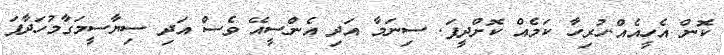
ކޮން އެހީއެއް